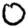
Digit: 0